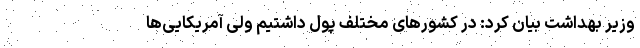
وزیر بهداشت بیان کرد: در کشورهای مختلف پول داشتیم ولی آمریکایی‌ها